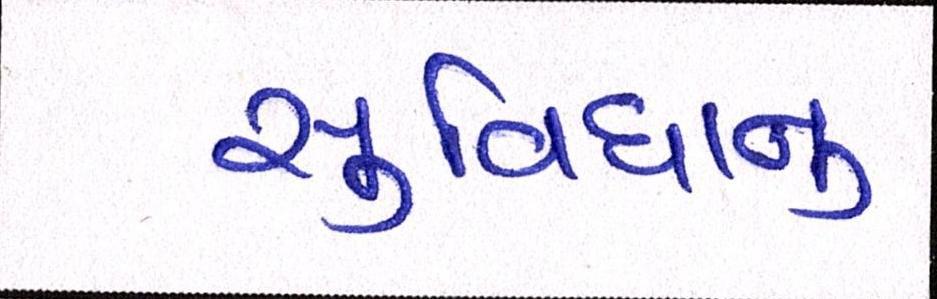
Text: સુવિધાનુ